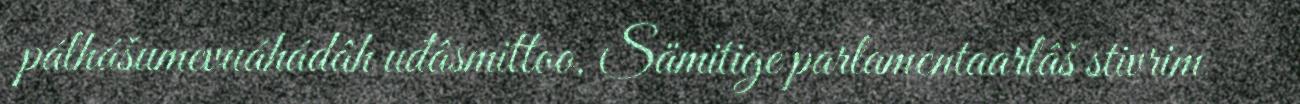
pálhášumevuáhádâh uđâsmittoo. Sämitige parlamentaarlâš stivrim